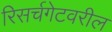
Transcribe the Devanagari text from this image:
रिसर्चगेटवरील